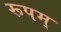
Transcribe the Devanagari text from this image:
रूपम्